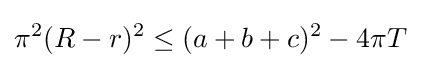
\pi ^{2}(R-r)^{2}\leq (a+b+c)^{2}-4\pi T